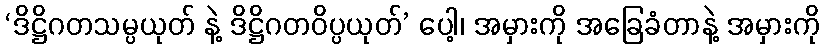
‘ဒိဋ္ဌိဂတသမ္ပယုတ် နဲ့ ဒိဋ္ဌိဂတဝိပ္ပယုတ်’ ပေါ့၊ အမှားကို အခြေခံတာနဲ့ အမှားကို